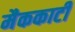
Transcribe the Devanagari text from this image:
मैककार्टी